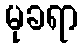
မုခရာ